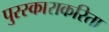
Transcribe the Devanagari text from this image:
पुरस्काराकरिता